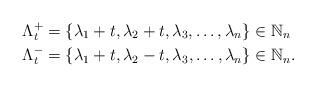
LaTeX: \begin{align*}\Lambda^{+}_{t}&=\{\lambda_{1}+t,\lambda_{2}+t,\lambda_{3},\ldots,\lambda_{n}\}\in \mathbb{N}_{n} \\\Lambda^{-}_{t}&=\{\lambda_{1}+t,\lambda_{2}-t,\lambda_{3},\ldots,\lambda_{n}\}\in \mathbb{N}_{n}.\end{align*}